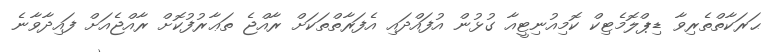
ޙަރަކާތްތެރިވާ ޑިޕްލޮމެޓިކް ކޮމިއުނިޓީއާ ގުޅުން އުފައްދައި އެފަރާތްތަކަށް ރާއްޖެ ތަޢާރުފުކޮށް ރާއްޖެއަށް ފައިދާވާނެ